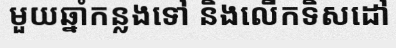
មួយឆ្នាំកន្លងទៅ និងលើកទិសដៅ